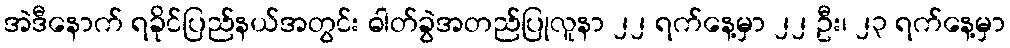
အဲဒီနောက် ရခိုင်ပြည်နယ်အတွင်း ဓါတ်ခွဲအတည်ပြုလူနာ ၂၂ ရက်နေ့မှာ ၂၂ ဦး၊ ၂၃ ရက်နေ့မှာ